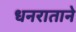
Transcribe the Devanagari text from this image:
धनराताने